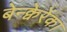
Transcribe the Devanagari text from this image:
बेन्क्वेरेंका